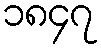
၁၈၄၇